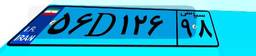
۴۹D۰۵۵۷۳